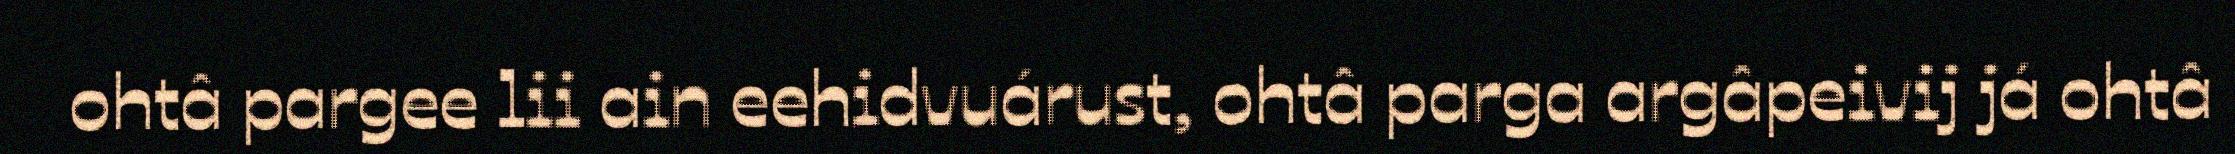
ohtâ pargee lii ain eehidvuárust, ohtâ parga argâpeivij já ohtâ